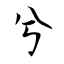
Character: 兮